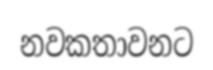
නවකතාවනට